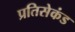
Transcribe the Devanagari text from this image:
प्रतिसेकंड